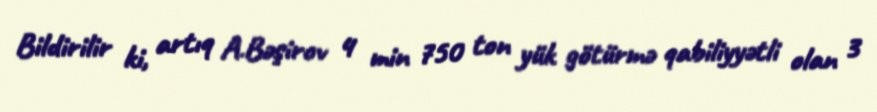
Bildirilir ki, artıq A.Bəşirov 4 min 750 ton yük götürmə qabiliyyətli olan 3